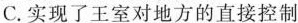
C.实现了王室对地方的直接控制